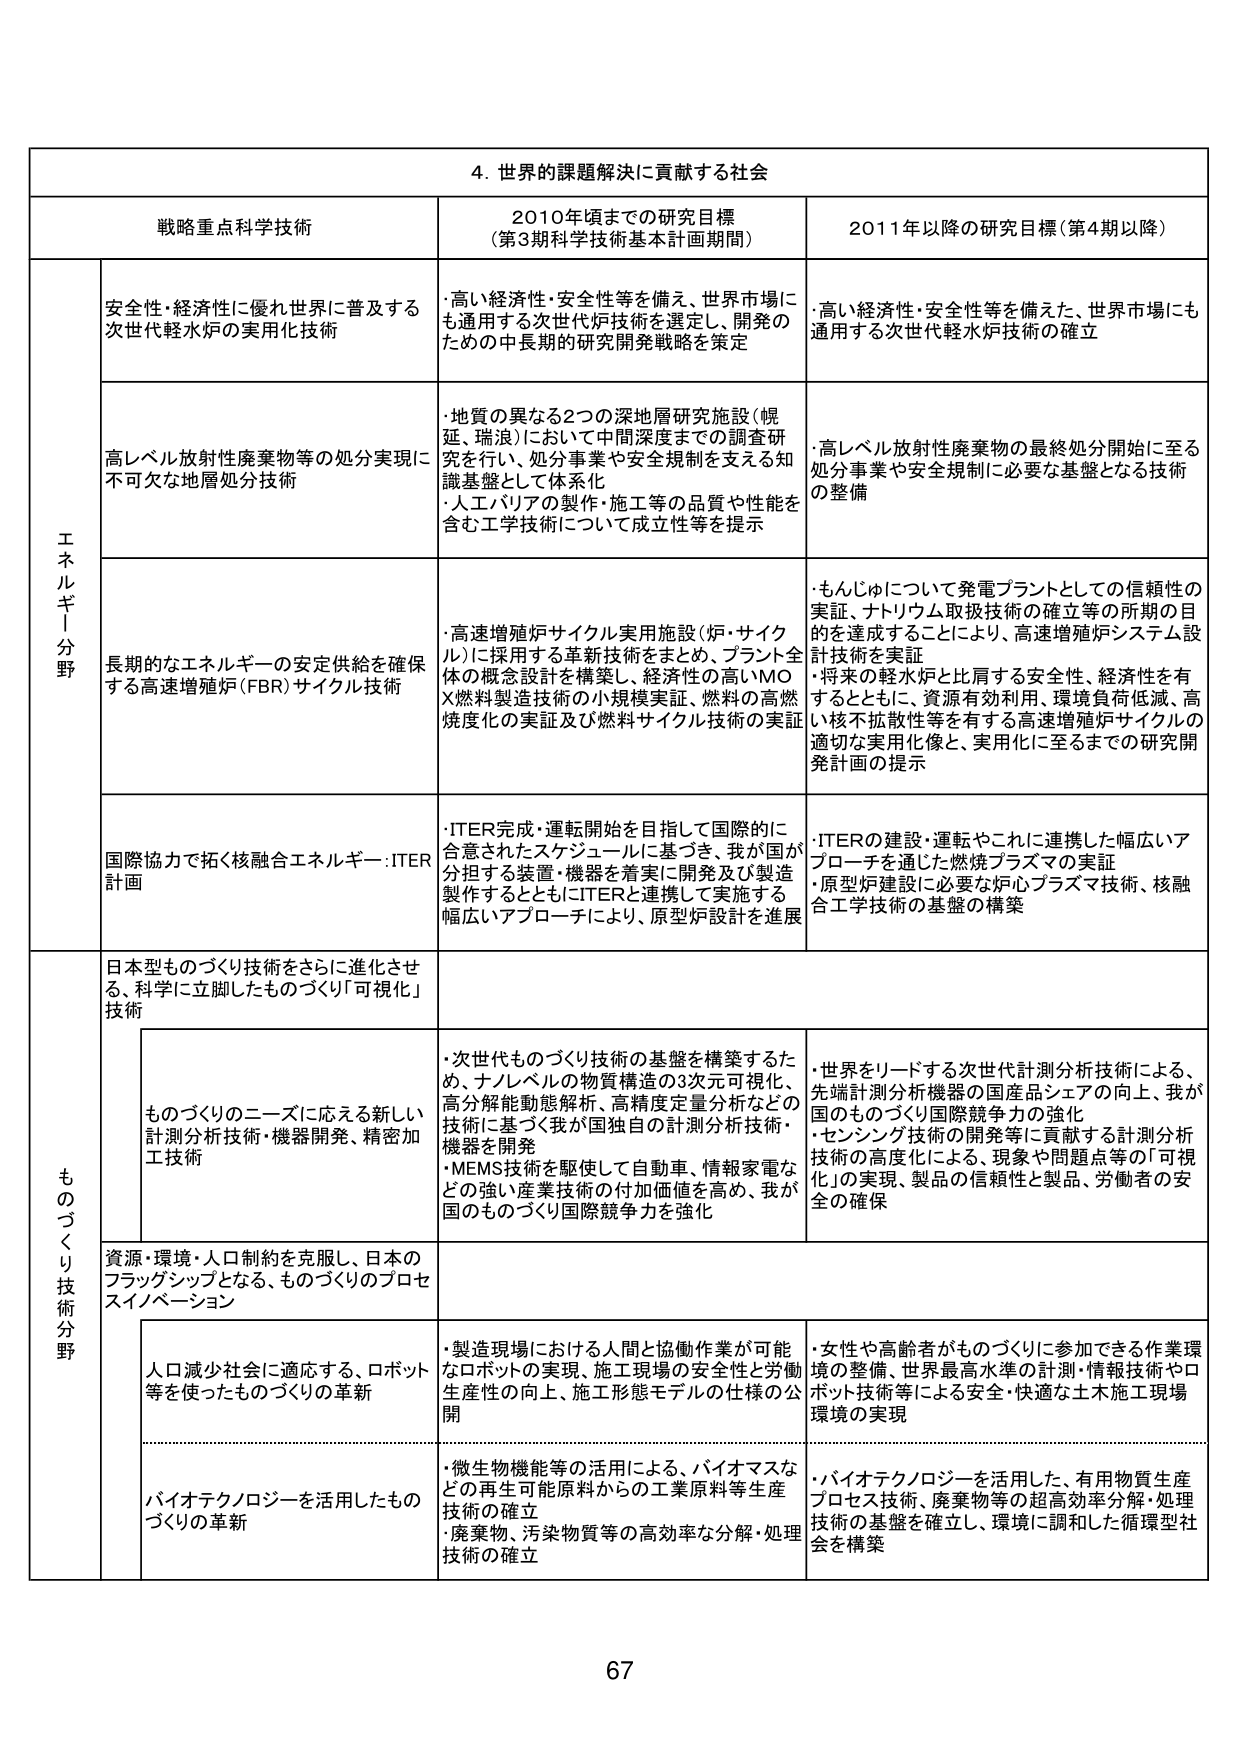
4. 世界的課題解決に貢献する社会

戦略重点科学技術 2010年頃までの研究目標 （第3期科学技術基本計画期間） 2011年以降の研究目標（第4期以降）

エネルギー分野

安全性・経済性に優れ世界に普及する次世代軽水炉の実用化技術
・高い経済性・安全性等を備え、世界市場にも通用する次世代炉技術を選定し、開発のための中長期的研究開発戦略を策定
・高い経済性・安全性等を備えた、世界市場にも通用する次世代軽水炉技術の確立

高レベル放射性廃棄物等の処分実現に不可欠な地層処分技術
・地質の異なる2つの深地層研究施設（幌延、瑞浪）において中間深度までの調査研究を行い、処分事業や安全規制を支える知識基盤として体系化
・人工バリアの製作・施工等の品質や性能を含む工学技術について成立性等を提示
・高レベル放射性廃棄物の最終処分開始に至る処分事業や安全規制に必要な基盤となる技術の整備

長期的なエネルギーの安定供給を確保する高速増殖炉（FBR）サイクル技術
・高速増殖炉サイクル実用施設（炉・サイクル）に採用する革新技術をまとめ、プラント全体の概念設計を構築し、経済性の高いMOX燃料製造技術の小規模実証、燃料の高い高燃焼度化の実証及び燃料サイクル技術の実証
・もんじゅについて発電プラントとしての信頼性の実証、ナトリウム取扱技術の確立等の所期の目的を達成することにより、高速増殖炉システム設計技術を実証
・将来の軽水炉と比肩する安全性、経済性を有するとともに、資源有効利用、環境負荷低減、高々核不拡散性等を有する高速増殖炉サイクルの適切な実用化像と、実用化に至るまでの研究開発計画の提示

国際協力で拓く核融合エネルギー：ITER計画
・ITER完成・運転開始を目指して国際的に合意されたスケジュールに基づき、我が国が分担する装置・機器を着実に開発及び製造製作するとともにITERと連携して実施する幅広いアプローチにより、原型炉設計を進展
・ITERの建設・運転やこれに連携した幅広いアプローチを通じた燃焼プラズマの実証
・原型炉建設に必要な炉内プラズマ技術、核融合工学技術の基盤の構築

ものづくり技術分野

日本型ものづくり技術をさらに進化させる、科学に立脚したものづくり「可視化」技術

ものづくりのニーズに応える新しい計測分析技術・機器開発、精密加工技術
・次世代ものづくり技術の基盤を構築するため、ナノレベルの物質構造の3次元可視化、高分解能動態解析、高精度定量分析などの技術に基づく我が国独自の計測分析技術・機器を開発
・MEMS技術を駆使して自動車、情報家電などの強い産業技術の付加価値を高め、我が国のものづくり国際競争力を強化
・世界をリードする次世代計測分析技術による、先端計測分析機器の国産品シェアの向上、我が国のものづくり国際競争力の強化
・センシング技術の開発等に貢献する計測分析技術の高度化による、現象や問題点等の「可視化」の実現、製品の信頼性と製品、労働者の安全の確保

資源・環境・人口制約を克服し、日本のフラッグシップとなる、ものづくりのプロセスイノベーション

人口減少社会に適応する、ロボット等を使ったものづくりの革新
・製造現場における人間と協働作業が可能なロボットの実現、施工現場の安全性と労働生産性の向上、施工形態モデルの仕様の公開
・女性や高齢者がものづくりに参加できる作業環境の整備、世界最高水準の計測・情報技術やロボット技術等による安全・快適な土木施工現場環境の実現

バイオテクノロジーを活用したものづくりの革新
・微生物機能等の活用による、バイオマスなどの再生可能原料からの工業原料等生産技術の確立
・廃棄物、汚染物質等の高効率な分解・処理技術の確立
・バイオテクノロジーを活用した、有用物質生産プロセス技術、廃棄物等の超高効率分解・処理技術の基盤を確立し、環境に調和した循環型社会を構築

67